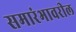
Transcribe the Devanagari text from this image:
समारंभावरील